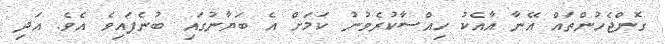
ގޮންޖެހުންތައް އޭނާ އާއެކު ހިއްސާކުރެވުނު ކަމަށް އެ ބަޔާނުގައި ބުނެފައިވެ އެވެ. އަދި